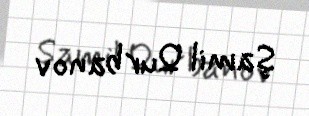
Şamil Qurbanov